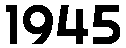
1945